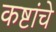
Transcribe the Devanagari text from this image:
कष्टांचे